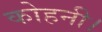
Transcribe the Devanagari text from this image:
कोहनी।